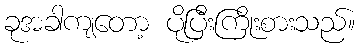
ခုအခါကျတော့ ပိုပြီးကြိုးစားသည်။